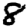
Digit: 8